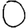
Digit: 0